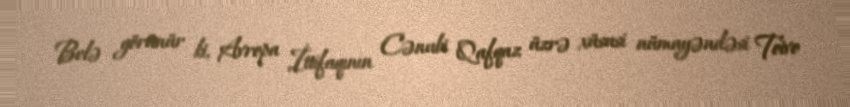
Belə görünür ki, Avropa İttifaqının Cənubi Qafqaz üzrə xüsusi nümayəndəsi Toivo